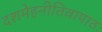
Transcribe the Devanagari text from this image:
दशमेहनीतिवापाठः